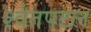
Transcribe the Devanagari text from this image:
श्‍वेतपटल